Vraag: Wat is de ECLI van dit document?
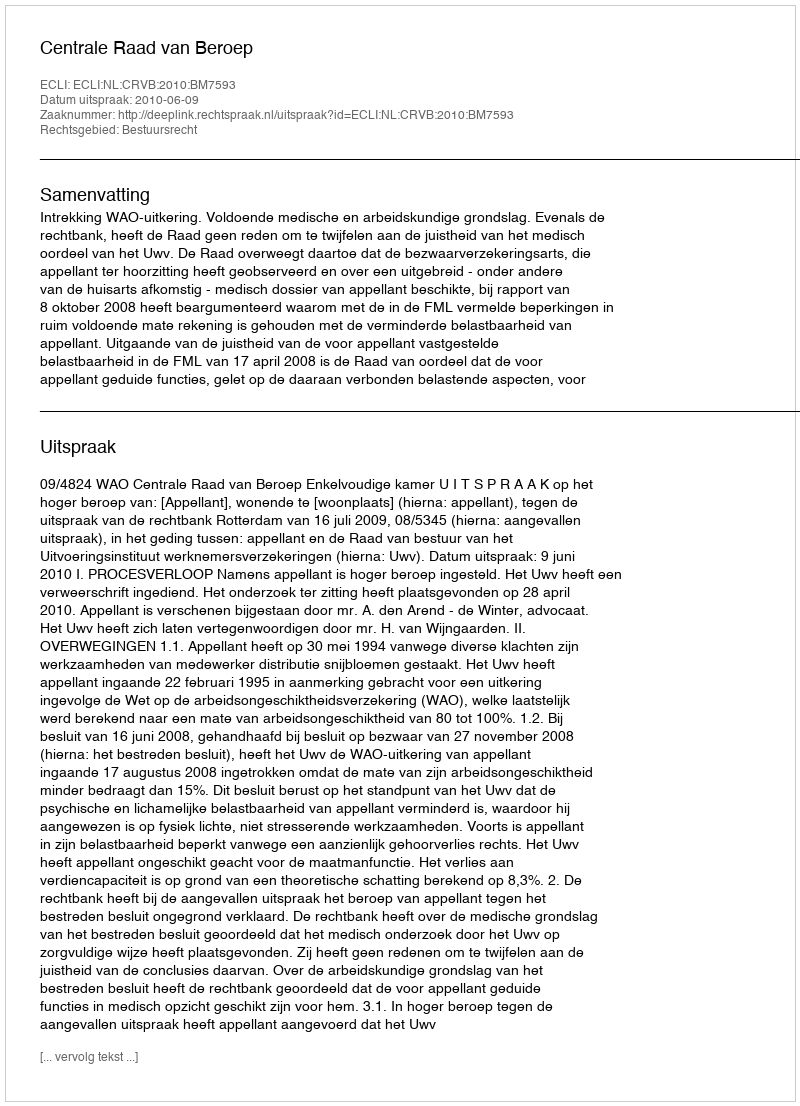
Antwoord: ECLI:NL:CRVB:2010:BM7593